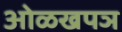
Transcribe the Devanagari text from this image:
ओळखपञ